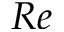
R e